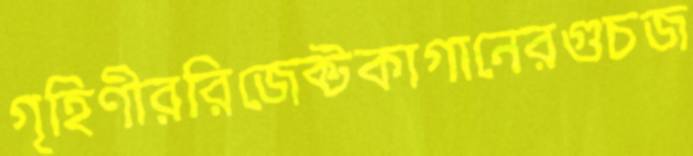
গৃহিণীররিজেক্টকাগানেরগুচজ